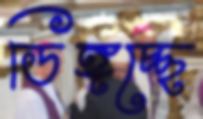
ডিঙ্গচ্ছে